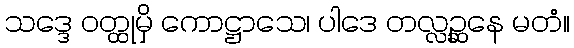
သဒ္ဒေ ဝတ္ထုမှိ ကောဋ္ဌာသေ၊ ပါဒေ တလ္လဉ္ဆနေ မတံ။